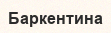
Баркентина